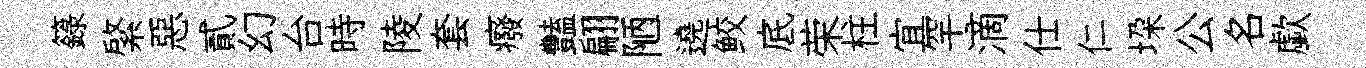
籙綮惡貳幻台時陵套癈豔翩陋遶鲛底荣柱宜罕滴仕仁垜公名歔